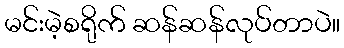
မင်းမဲ့စရိုက် ဆန်ဆန်လုပ်တာပဲ။